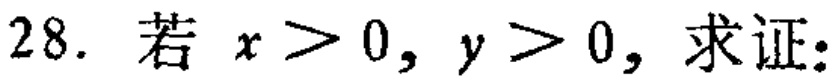
28. 若 \(x > 0, y > 0\)，求证：